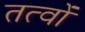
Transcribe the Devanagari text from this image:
तत्वोंं